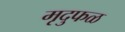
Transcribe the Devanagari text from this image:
मृदुफळ